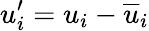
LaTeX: u_{i}^{\prime}=u_{i}-\overline{{u}}_{i}